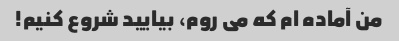
من آماده ام که می روم، بیایید شروع کنیم!